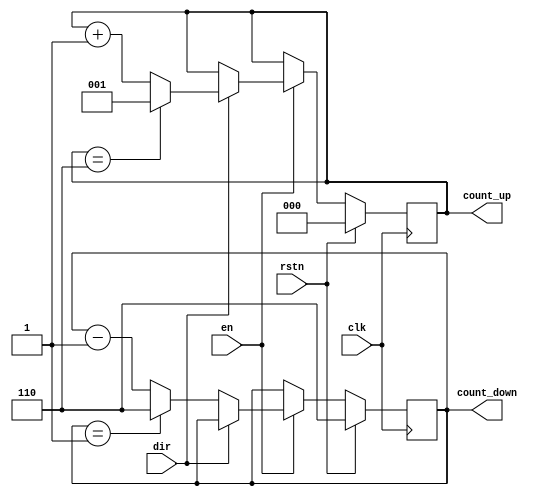
// Counter Block
module updown(clk, rstn, dir, en, count_up, count_down);
	input clk, rstn, dir, en;
	output reg [2:0]count_up,count_down;

	always @(posedge clk)
		if(rstn == 1) begin

			count_up = 3'b000;
			count_down = 3'b110;
		end
		else begin

			if(en == 1) begin
				if (dir == 1)
					  begin
						 if(count_up == 3'b110)
							begin
							  count_up = 3'b001;
							end
						 else
							begin
							  count_up <= count_up + 1;
							end
					  end
				 else
					begin
					  if(count_down == 3'b001)
						 begin
							count_down = 3'b110;
						 end
					  else
						 begin
							count_down <= count_down - 1;
						 end
					end

			end


			else begin
				count_up = count_up;
				count_down = count_down;
			end
	end
endmodule


// Win/Lose Block
module winlose(count_up, count_down, w, l, stp, en);
	input [2:0]count_up, count_down;
	input stp;
	output reg w,l,en;

	always @(count_up or count_down)
	begin
		w=0; l=0; //i=0;
		if(stp == 1)
		begin
		en = 0;
			if(count_up==count_down)
				 w=1;
			else
				 l=1;
		end
		else
			en = 1;
	end
endmodule